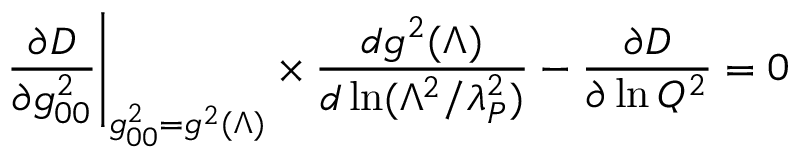
\left. { \frac { \partial D } { \partial g _ { 0 0 } ^ { 2 } } } \right| _ { g _ { 0 0 } ^ { 2 } = g ^ { 2 } ( \Lambda ) } \times { \frac { d g ^ { 2 } ( \Lambda ) } { d \ln ( \Lambda ^ { 2 } / \lambda _ { P } ^ { 2 } ) } } - { \frac { \partial D } { \partial \ln Q ^ { 2 } } } = 0